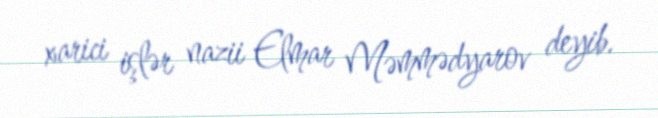
xarici işlər nazii Elmar Məmmədyarov deyib.